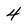
Character: 4